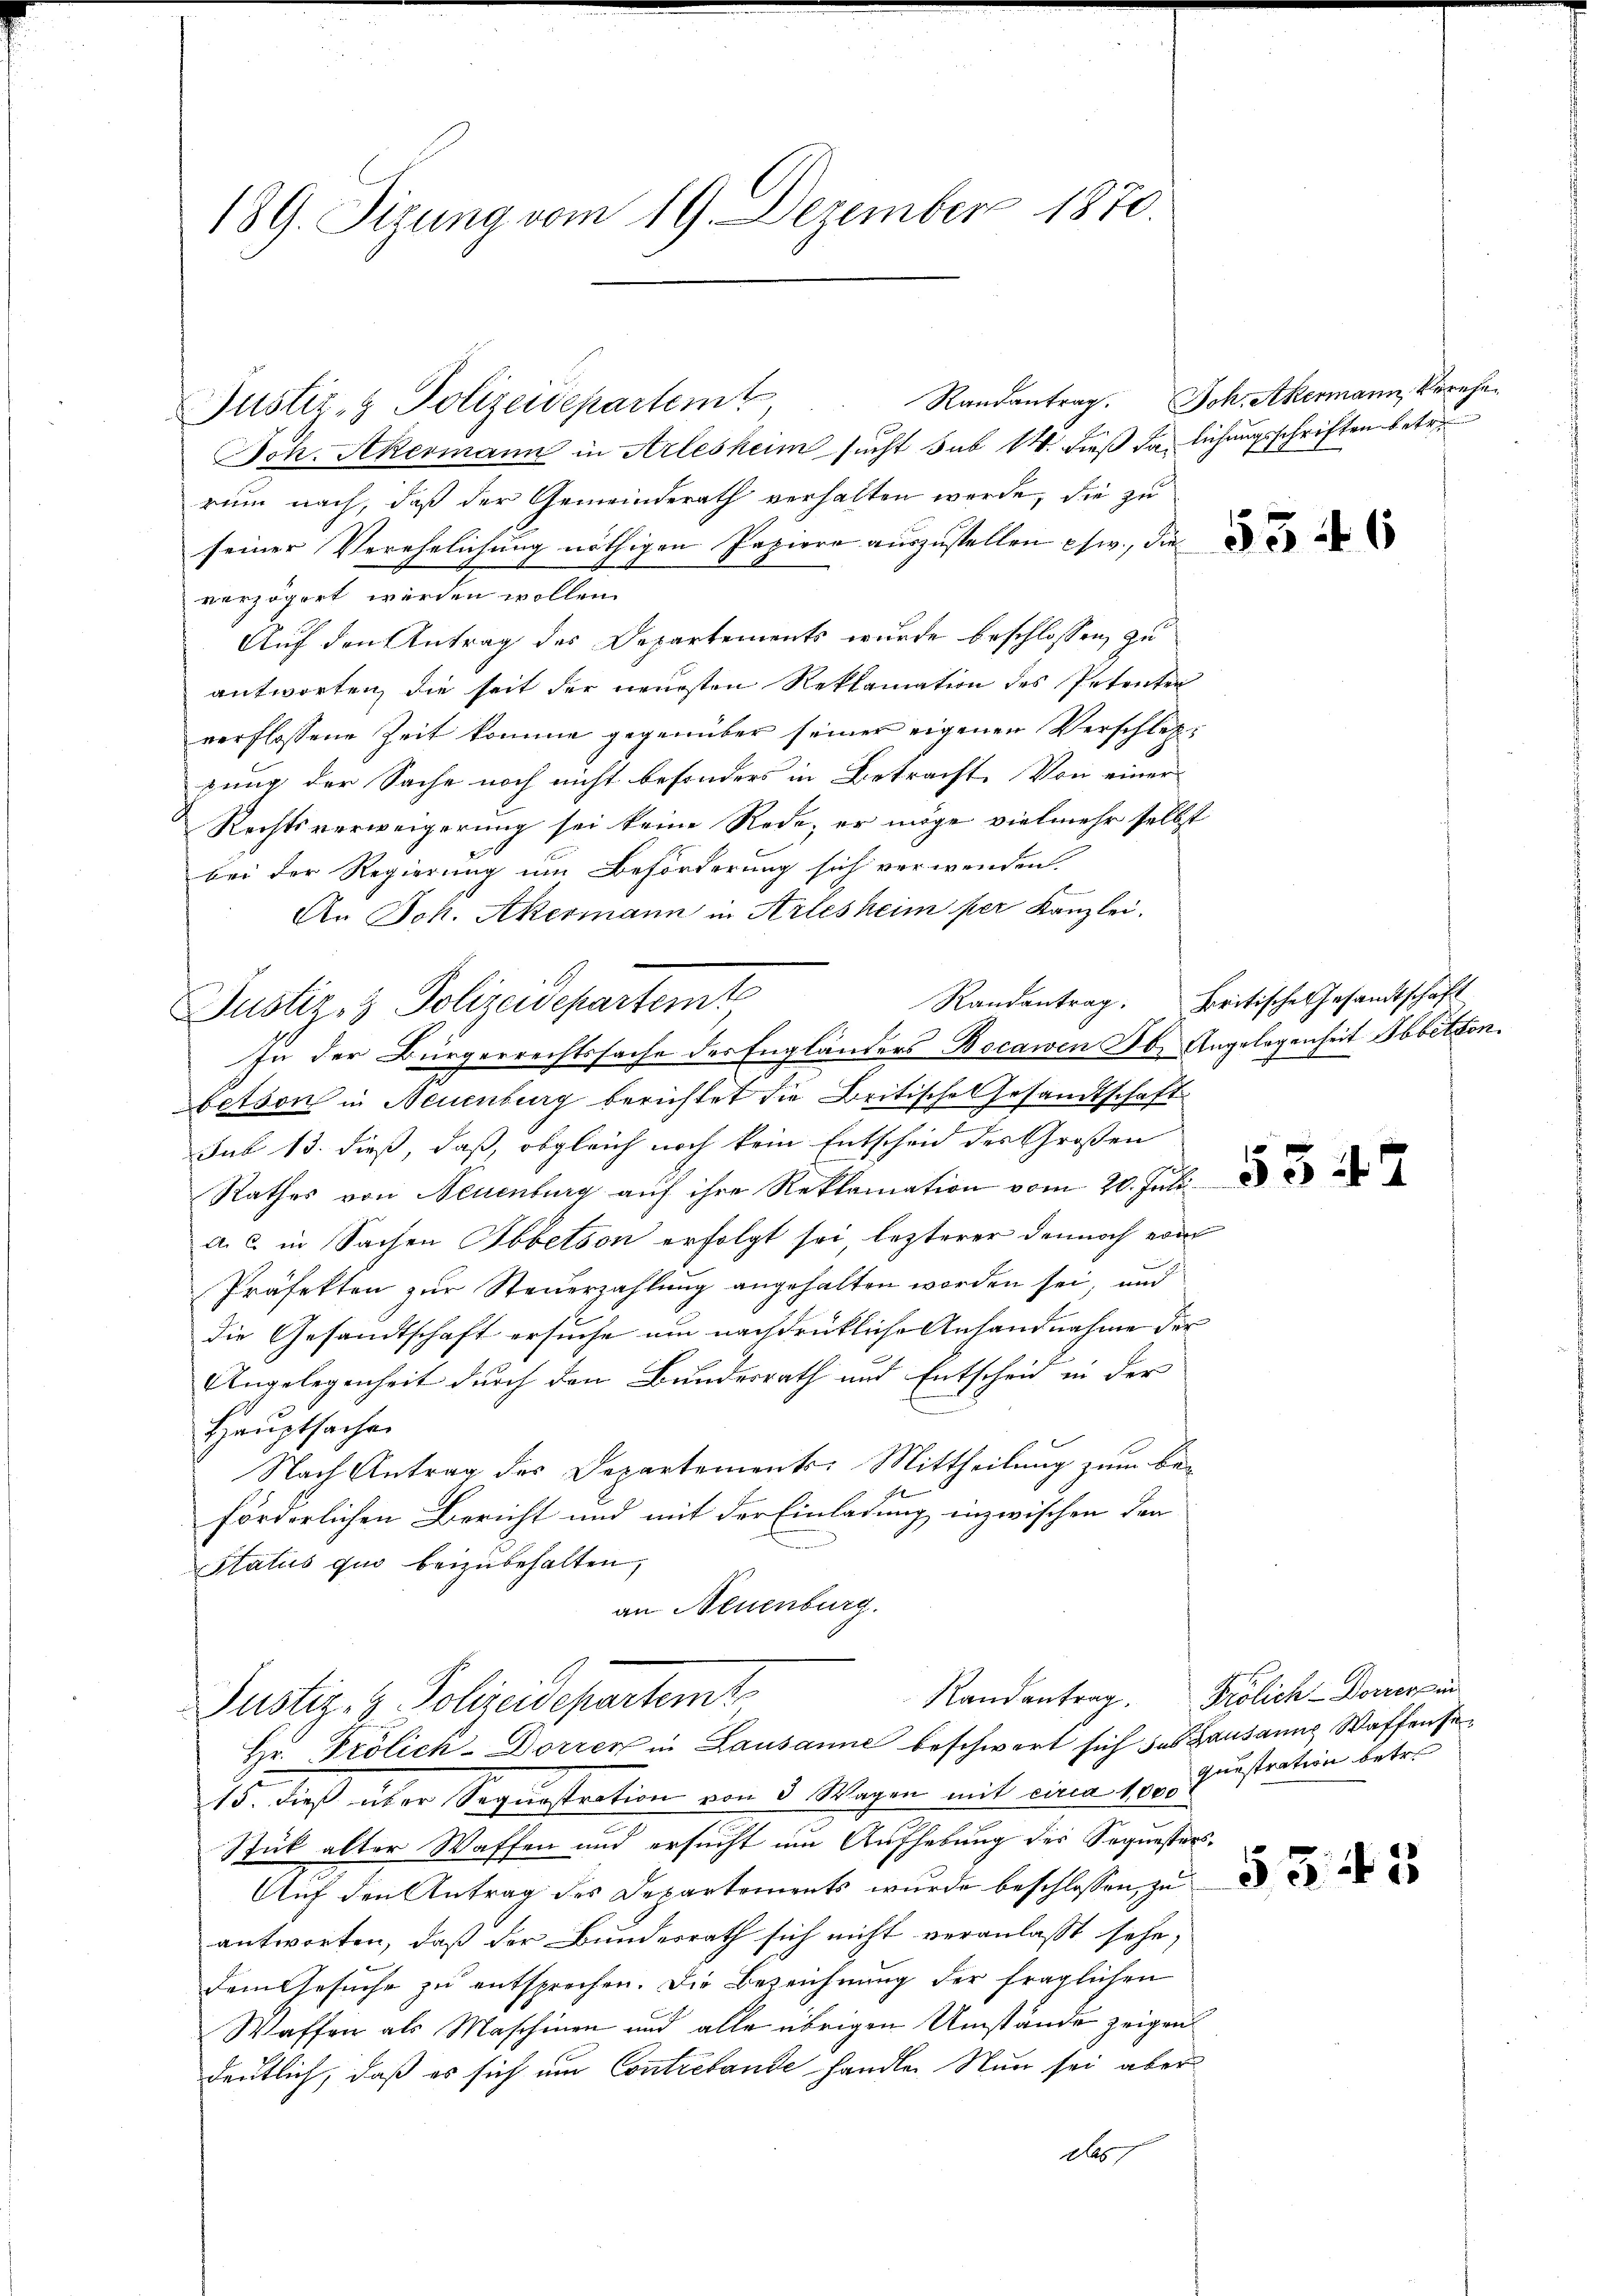
189. Sizung vom 19. Dezember 1870.

Justiz- & Polizeidepartemt

Justiz- & Polizeidepartemt
In der Bürgerrechtssache der Engländers Bocawen Jb. Angelegenheit Abbitten.

Joh. Akermann in Arlesheim sucht sub 14. dieß da liechungsschriften betr.
rum nach, daß der Gemeinderath verhalten werde, die zu
seiner Verehelichung nöthigen Papiere auszustellen usw., die
verzögert werden wollen.
Auf den Antrag des Departements wurde beschlossen, zu
antworten, die seit der neuesten Reklamation des Petenten
verflossene Zeit komme gegenüber seiner eigenen Verschleßzung der Sache noch nicht besonders in Betracht. Von einer
Rechtsverweigerung sei keine Rede, er möge vielmehr selbst
bei der Regierung um Beförderung sich verwenden.
An Joh. Akermann in Arlesheim per Kanzlei.
Randantrag. Britische Gesandtschaft
betson in Neuenburg berichtet die Britische Gesandtschaft
sub 13. dieß, daß, obgleich noch kein Entscheid des Großen
Rathes von Neuenburg auf ihre Reklamation vom 20. Juli
a. c. in Sachen Abbetson erfolgt sei, lezterer dennoch vom
Präfekten zur Steuerzahlung angehalten worden sei, und
die Gesandtschaft ersuche um nachdrückliche Anfandnahme der
Angelegenheit durch den Bundesrath und Entscheid in der
Hauptsachen
Nach Antrag des Departements-Mittheilung zum beförderlichen Bericht und mit der Einladung inzwischen der
.
Status quo beizubehalten,
an Neuenburg.

Justiz- & Polizeidepartemt
Hr. Prölich-Dorren in Lausanne beschwert sich das Gausanne Waffense

Randantrag. Ich. Akermann, Verehe

15. dieß über Sequestration von 3 Wagen mit eine 1000
Stück alter Waffen und ersucht um Aufhebung des Sequesters¬
Auf den Antrag des Departements wurde beschlossen, zu
antworten, daß der Bundesrath sich nicht veranlaßt sehe,
dem Gesuche zu entsprechen. Die Bezeichnung der fraglichen
Waffen als Maschinen und alle übrigen Umstände zeigen
deutlich, daß es sich um Contrebande handle. Nun sei aber
das

Randantrag. Frölich-Dorrer in
questration betr.

53. 45